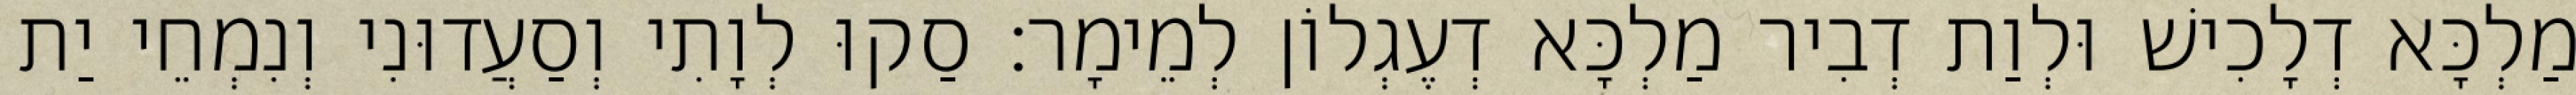
מַלְכָּא דְלָכִישׁ וּלְוַת דְבִיר מַלְכָּא דְעֶגְלוֹן לְמֵימָר׃ סַקוּ לְוָתִי וְסַעֲדוּנִי וְנִמְחֵי יַת